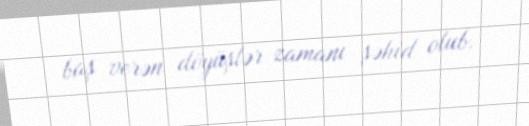
baş verən döyüşlər zamanı şəhid olub.